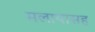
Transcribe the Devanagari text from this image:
मलायासह